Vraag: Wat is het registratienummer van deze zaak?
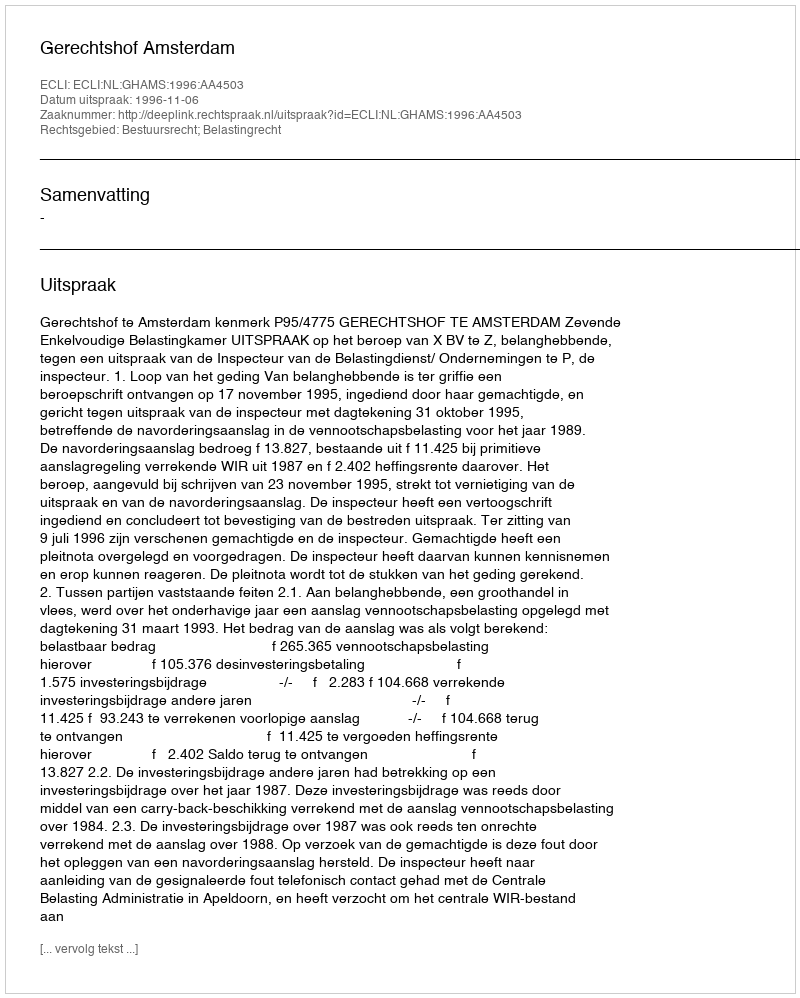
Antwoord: http://deeplink.rechtspraak.nl/uitspraak?id=ECLI:NL:GHAMS:1996:AA4503